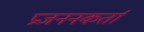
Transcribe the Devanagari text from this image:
प्रजननकर्ता